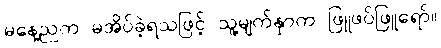
မနေ့ညက မအိပ်ခဲ့ရသဖြင့် သူ့မျက်နှာက ဖြူဖပ်ဖြူရော်။